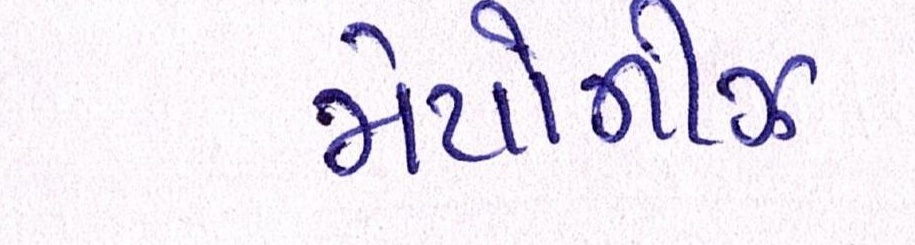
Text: મેયોનીઝ